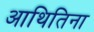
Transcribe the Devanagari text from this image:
आथितिना